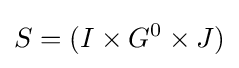
S=(I\times G^{0}\times J)